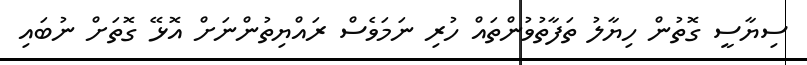
ސިޔާސީ ގޮތުން ހިޔާލު ތަފާތުވުންތައް ހުރި ނަމަވެސް ރައްޔިތުންނަށް އޮޅޭ ގޮތަށް ނުބައި